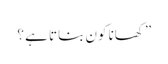
” کھانا کون بناتا ہے ؟